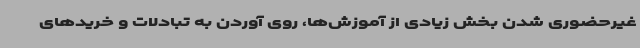
غیرحضوری شدن بخش زیادی از آموزش‌ها، روی آوردن به تبادلات و خریدهای